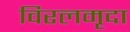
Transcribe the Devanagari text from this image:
विरलमृदा